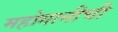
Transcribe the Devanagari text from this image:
महोगानीची